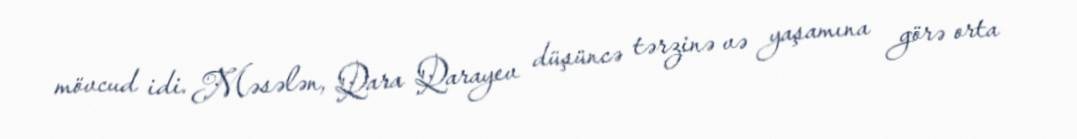
mövcud idi. Məsələn, Qara Qarayev düşüncə tərzinə və yaşamına görə orta